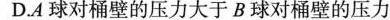
D.A球对桶壁的压力大于B球对桶壁的压力